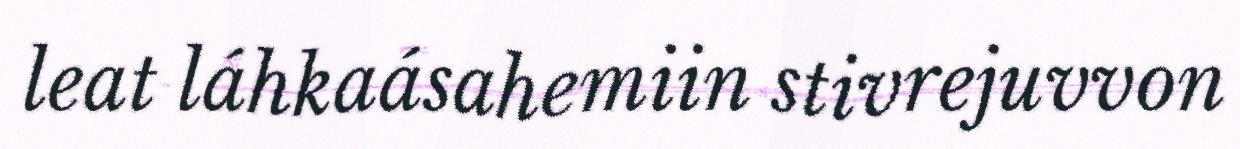
leat láhkaásahemiin stivrejuvvon